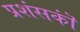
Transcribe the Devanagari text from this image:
प्रशंसकॊं